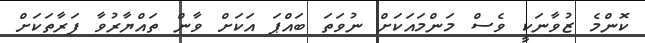
ކޮންމެ ޒުވާނަކީ ވެސް މަންމައަކަށް ނުވަތަ ބައްޕަ އަކަށް ވާން ތައްޔާރުވާ ފަރާތަކަށް